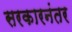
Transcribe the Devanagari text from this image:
सरकारनंतर